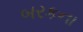
બરકના